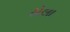
ઠોલા